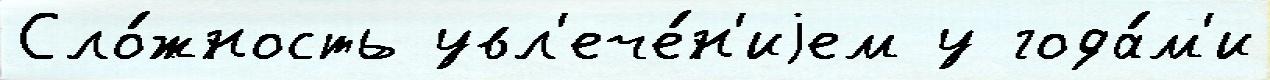
Сло́жность увл'ече́н'иjем у года́м'и